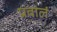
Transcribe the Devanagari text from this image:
प्रवालं